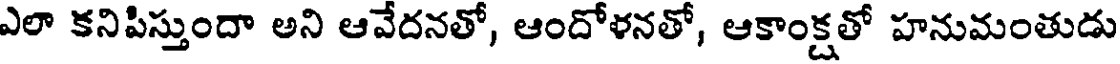
ఎలా కనిపిస్తుందా అని ఆవేదనతో, ఆందోళనతో, ఆకాంక్షతో హనుమంతుడు